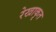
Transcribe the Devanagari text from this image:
रेखाकृत